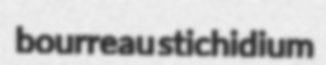
bourreau stichidium